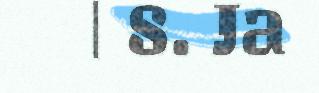
| 8. Ja